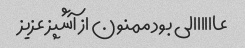
عاااااالی بود ممنون از آشپز عزیز